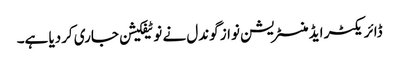
ڈائریکٹر ایڈمنسٹریشن نواز گوندل نے نوٹیفکیشن جاری کردیا ہے۔